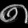
Digit: ၈